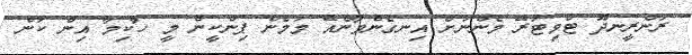
ރަންރީނދޫ ޓްވިޓަރޭ މެންނަށް އިނގެންވާނެއޭ މަމެން ޕިންކީން މީ ހާކިމާ އިން ކަން